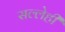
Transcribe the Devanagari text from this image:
सल्लेही